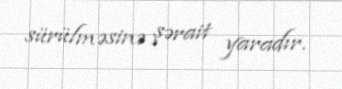
sürülməsinə şərait yaradır.